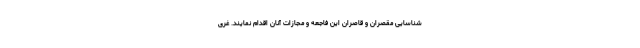
شناسایی مقصران و قاصران این فاجعه و مجازات آنان اقدام نمایند. غری